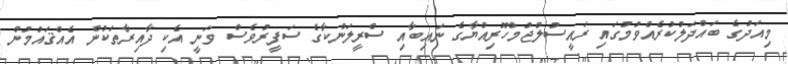
މިއަދުގެ ބައްދަލުކުރެއްވުމުގައި ރައީސުލްޖުމްހޫރިއްޔާގެ ނައިބާއި ސްރީލަންކާގެ ސަފީރުވެސް ވަނީ އެކި ދާއިރާތަކުން އެއްޤައުމުން